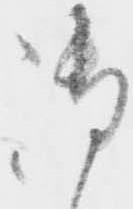
御